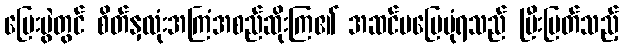
ပြေးပွဲတွင် စိတ်နှလုံးအကြံအစည်ဆိုးကြ၏ အဆင်မပြေပုံရသည် ပြီးပြတ်သည့်